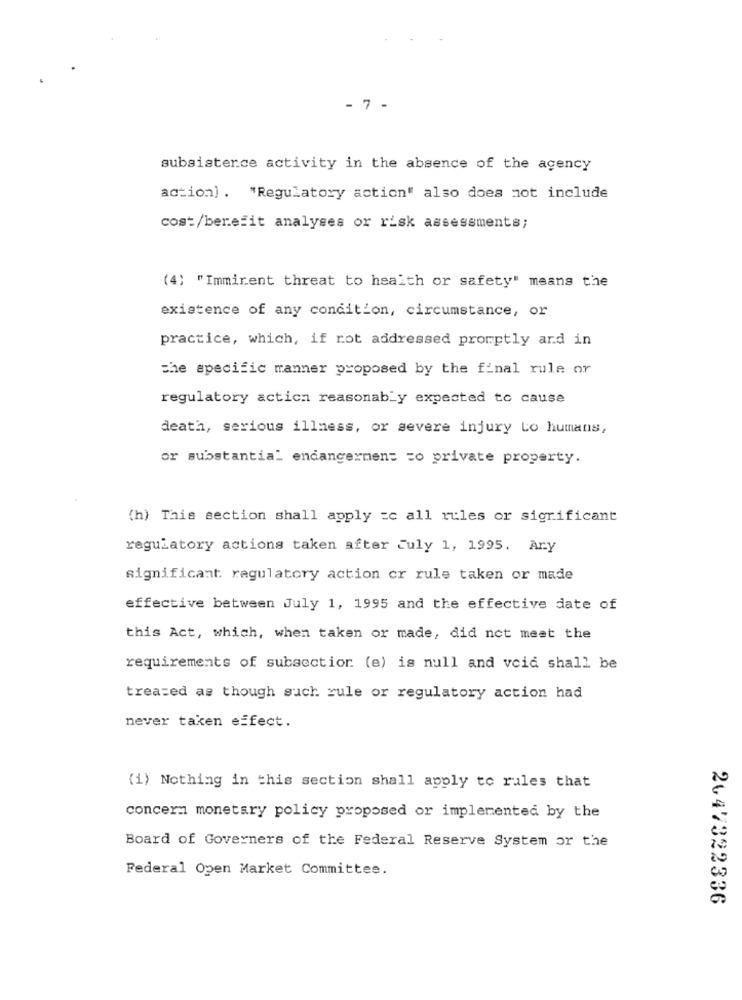
- 7 -
subsistence activity in the absence of the agency
action) . "Regulatory action" also does not include
cost/benefit analyses or risk assessments;
(4) "Imminent threat to health or safety" means the
existence of any condition, circumstance, or
practice, which, if rot addressed promptly and in
the specific manner proposed by the final rule or
regulatory actica reasonably expected to cause
death, serious illness, or severe injury Lo humans,
or substantial endangermen= = o private property.
(h) This section shall apply =c all rules or significant
regulatory actions taken after culy 1, 1995. Ary
significant ragulatory action cr rule taken or made
effective between July 1, 1995 and the effective date of
this Act, which, when taken or made, did not meet the
requirements of subsection (e) is null and void shall be
treated as though such rule or regulatory action had
never taken effect.
(i) Nothing in this section shall apply to rales that
concern monetary policy proposed or implemented by the
Board of Governers of the Federal Reserve System or the
Federal Open Market Committee.
2647322336